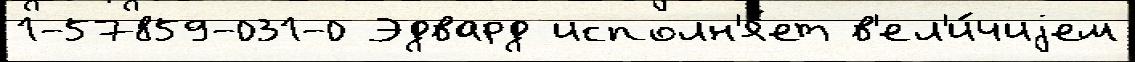
1-57859-031-0 Эдвард исполн'я́ет в'ел'и́чиjем